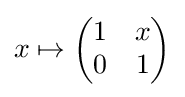
x\mapsto \left({\begin{matrix}1&x\\0&1\end{matrix}}\right)